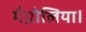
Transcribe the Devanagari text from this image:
मैग्नोलिया।